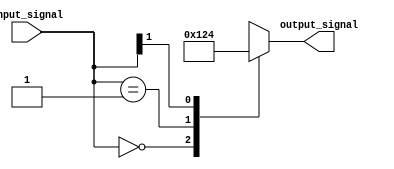
module casez_statement (
    input [1:0] input_signal,
    output reg [3:0] output_signal
);

always @(*) begin
    casez(input_signal)
        2'b00: output_signal = 4'b0001; // if input_signal is 00
        2'b01: output_signal = 4'b0010; // if input_signal is 01
        2'b1?: output_signal = 4'b0100; // if input_signal is 10 or 11
        default: output_signal = 4'b0000; // if none of the above cases match
    endcase
end

endmodule